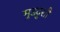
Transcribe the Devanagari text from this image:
मुडदुशी